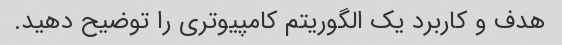
هدف و کاربرد یک الگوریتم کامپیوتری را توضیح دهید.